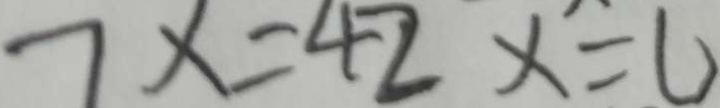
7 x = 4 2 x = 6